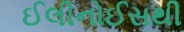
ઈલીનોઈસથી